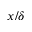
x / \delta